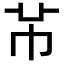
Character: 𫷄